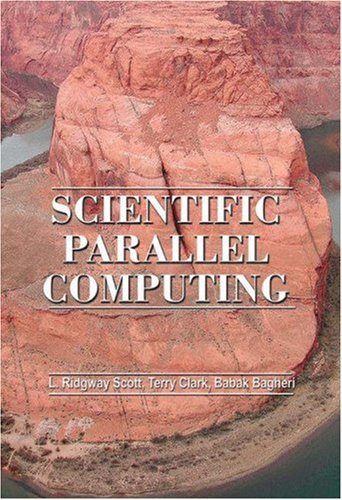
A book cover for Scientific Parallel Computing; L. Ridgway Scott; Computers & Technology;